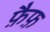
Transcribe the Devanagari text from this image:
फ़ैफ़